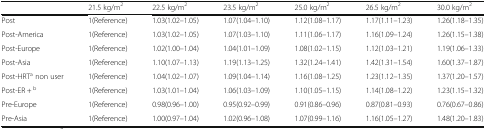
|  | 21.5 kg/m2 | 22.5 kg/m2 | 23.5 kg/m2 | 25.0 kg/m2 | 26.5 kg/m2 | 30.0 kg/m2 |
 | --- | --- | --- | --- | --- | --- | --- |
 | Post | 1(Reference) | 1.03(1.02–1.05) | 1.07(1.04–1.10) | 1.12(1.08–1.17) | 1.17(1.11–1.23) | 1.26(1.18–1.35) |
 | Post-America | 1(Reference) | 1.03(1.02–1.05) | 1.07(1.03–1.10) | 1.11(1.06–1.17) | 1.16(1.09–1.24) | 1.26(1.15–1.38) |
 | Post-Europe | 1(Reference) | 1.02(1.00–1.04) | 1.04(1.01–1.09) | 1.08(1.02–1.15) | 1.12(1.03–1.21) | 1.19(1.06–1.33) |
 | Post-Asia | 1(Reference) | 1.10(1.07–1.13) | 1.19(1.13–1.25) | 1.32(1.24–1.41) | 1.42(1.31–1.54) | 1.60(1.37–1.87) |
 | Post-HRTa non user | 1(Reference) | 1.04(1.02–1.07) | 1.09(1.04–1.14) | 1.16(1.08–1.25) | 1.23(1.12–1.35) | 1.37(1.20–1.57) |
 | Post-ER + b | 1(Reference) | 1.03(1.01–1.04) | 1.06(1.03–1.09) | 1.10(1.05–1.15) | 1.14(1.08–1.22) | 1.23(1.15–1.32) |
 | Pre-Europe | 1(Reference) | 0.98(0.96–1.00) | 0.95(0.92–0.99) | 0.91(0.86–0.96) | 0.87(0.81–0.93) | 0.76(0.67–0.86) |
 | Pre-Asia | 1(Reference) | 1.00(0.97–1.04) | 1.02(0.96–1.08) | 1.07(0.99–1.16) | 1.16(1.05–1.27) | 1.48(1.20–1.83) |